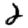
Digit: 2